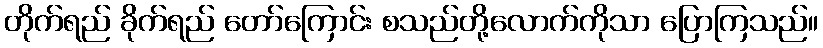
တိုက်ရည် ခိုက်ရည် တော်ကြောင်း စသည်တို့လောက်ကိုသာ ပြောကြသည်။